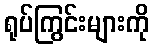
ရုပ်ကြွင်းများကို